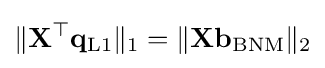
\|\mathbf {X} ^{\top }\mathbf {q} _{\text{L1}}\|_{1}=\|\mathbf {X} \mathbf {b} _{\text{BNM}}\|_{2}